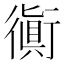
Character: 衠